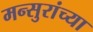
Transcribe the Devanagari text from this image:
मन्सुरांच्या